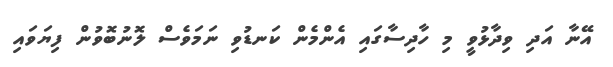
އޭނާ އަދި ވިދާޅުވީ މި ހާދިސާގައި އެންމެން ކަނޑުވި ނަމަވެސް ލޮނުބޮވުން ފިޔަވައި